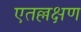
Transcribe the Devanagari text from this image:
एतल्लक्षण